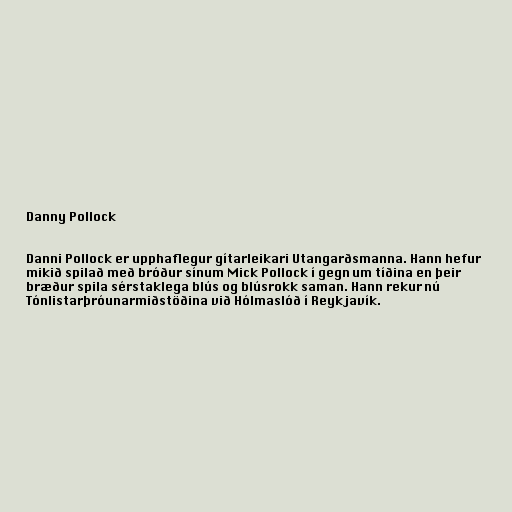
Danny Pollock

Danni Pollock er upphaflegur gítarleikari Utangarðsmanna. Hann hefur
mikið spilað með bróður sínum Mick Pollock í gegn um tíðina en þeir
bræður spila sérstaklega blús og blúsrokk saman. Hann rekur nú
Tónlistarþróunarmiðstöðina við Hólmaslóð í Reykjavík.